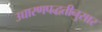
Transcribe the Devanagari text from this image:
उच्चारणपद्धतीनुसार